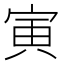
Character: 寅